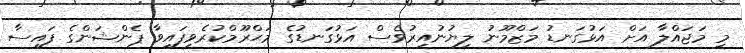
މި މަޖައްލާ އަށް އަޅުގަނޑު މަޒްމޫނު ލިޔުނުއިރުވެސް އަޅުގަނޑުގެ މަޙްރޫމްކުރެވިފައިވާ ޕެންޝަންގެ ފައިސާ